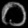
Digit: ၀